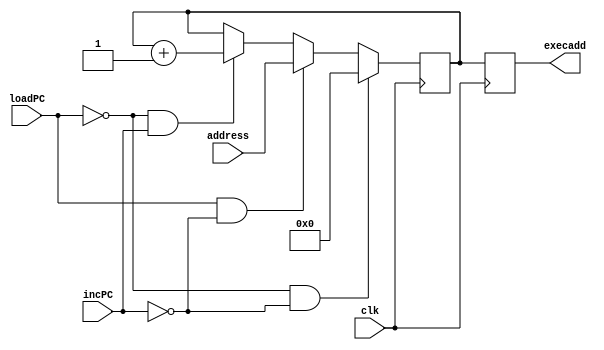
///////////////////////////////////////////////////////////////
/////	Module to realize a Program Counter. 		//////
/////////////////////////////////////////////////////////////
module PC(clk, loadPC, incPC, address, execadd);
input clk;
input loadPC;
input incPC;
input [11:0] address;
output [11:0] execadd;

reg [11:0] execadd;

reg [11:0] temp;

always@( posedge clk)
begin
	if ( loadPC == 0 && incPC == 0 ) begin
	temp <= 12'h000;
	end
	else if (loadPC == 1 && incPC == 0 ) begin
	temp <= address;
	end
	else if (loadPC == 0 && incPC == 1 ) begin
	temp <= temp + 12'h001;
	end
	else begin
	temp <= temp;
	end
	execadd <= temp;
end
endmodule

///////////////////////////////////////////////////////////////
////	Testbench for the Design of PC			//////
/////////////////////////////////////////////////////////////
module tb_PC ();
reg clk;
reg loadPC;
reg incPC;
reg [11:0] address;
wire [11:0] execadd;

// Instantiation of the design
PC p1 (.clk(clk), .loadPC(loadPC), .incPC(incPC), .address(address), .execadd(execadd));

// Initialization of inputs
initial
begin
	clk = 1'b0;
	loadPC = 1'b0;
	incPC = 1'b0;
	address = 12'h000;
end

//  Clock instantiation
always #5 clk = ~ clk;

// Adress randomization
always #30 address = address + 12'h001;

// Stimulus
initial 
begin
	// Execaddress will be same as initial address during this time
	#10 loadPC <= 1'b0;
	incPC <= 1'b0;

	// Now let the address increment and then load the address into the PC
	#30 loadPC = 1'b1;
	incPC = 1'b0;

	// Increment the address to get the next address
	#10 loadPC = 1'b0;
	incPC = 1'b1;
end
endmodule